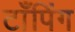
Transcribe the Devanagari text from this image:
टाँपिंग